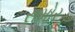
સમોર